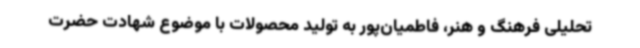
تحلیلی فرهنگ و هنر، فاطمیان‌پور به تولید محصولات با موضوع شهادت حضرت